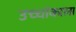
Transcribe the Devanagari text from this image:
उच्चांकाला